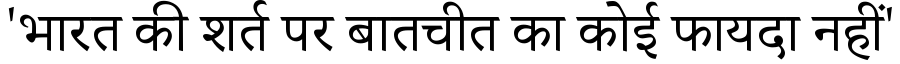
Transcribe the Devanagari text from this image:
'भारत की शर्त पर बातचीत का कोई फायदा नहीं'